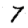
Digit: 7